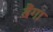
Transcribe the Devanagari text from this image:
बैंगा